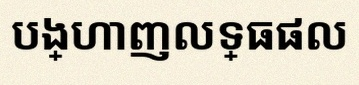
បង្ហាញលទ្ធផល